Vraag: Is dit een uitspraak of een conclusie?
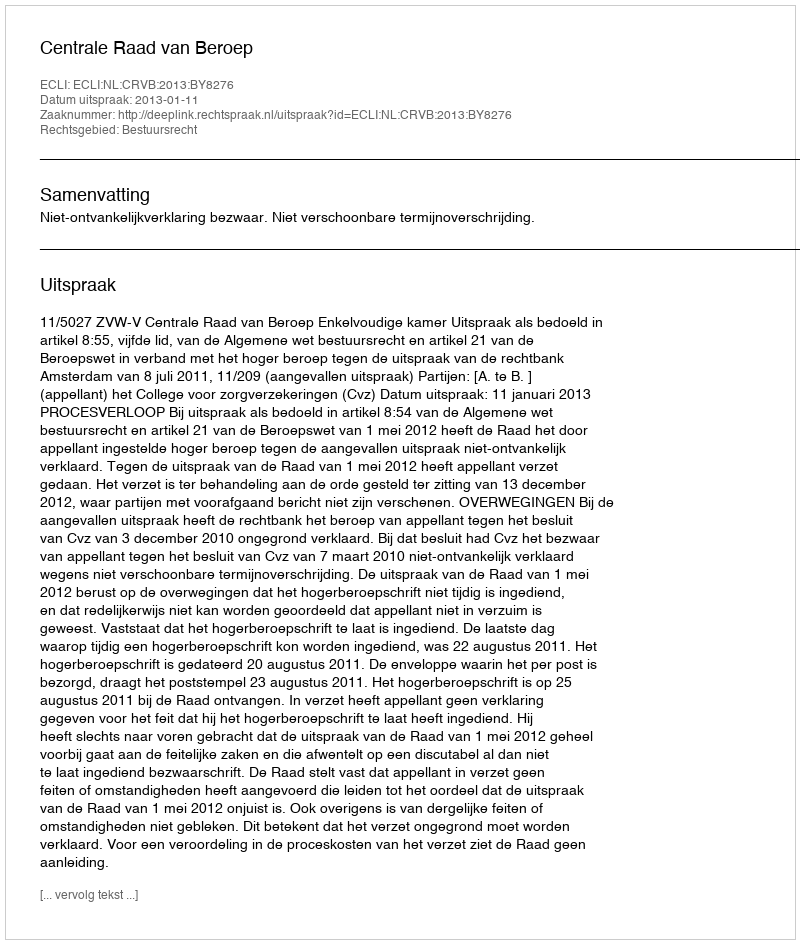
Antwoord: Uitspraak